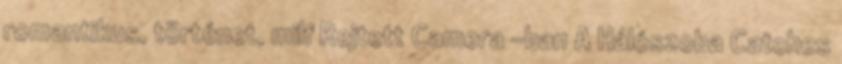
romantikus, történet, milf Rejtett Camera -ban A Hálószoba Catches